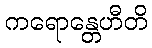
ကရောန္တေဟီတိ